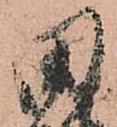
田